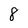
Character: 8